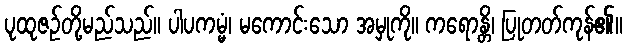
ပုထုဇဉ်တို့မည်သည်။ ပါပကမ္မံ၊ မကောင်းသော အမှုကို။ ကရောန္တိ၊ ပြုတတ်ကုန်၏။